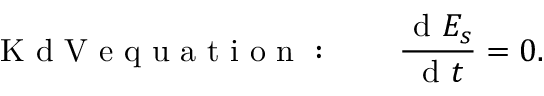
\mathrm { ~ K ~ d ~ V ~ e ~ q ~ u ~ a ~ t ~ i ~ o ~ n ~ : ~ } \qquad \frac { \mathrm { ~ d ~ } E _ { s } } { \mathrm { ~ d ~ } t } = 0 .